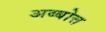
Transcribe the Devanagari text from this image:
अब्बोत्त